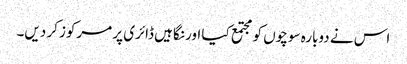
اس نے دوبارہ سوچوں کو مجتمع کیا اور نگاہیں ڈائری پر مرکوز کر دیں۔